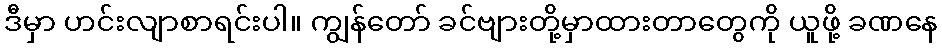
ဒီမှာ ဟင်းလျာစာရင်းပါ။ ကျွန်တော် ခင်ဗျားတို့မှာထားတာတွေကို ယူဖို့ ခဏနေ